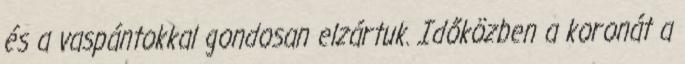
és a vaspántokkal gondosan elzártuk. Időközben a koronát a